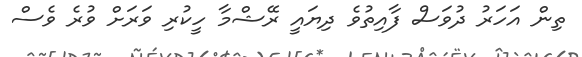
ތިން އަހަރު ދުވަސް ފާއިތުވެ ދިޔައީ ރޭޝްމާ ހީކުރި ވަރަށް ވުރެ ވެސް